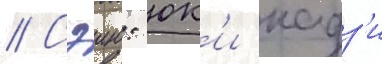
// Сэию: юк'и кадз'и